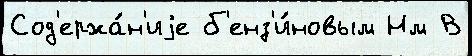
Сод'ержа́н'иjе б'енз'и́новым Нм В